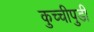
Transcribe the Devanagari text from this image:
कुच्चीपुडी